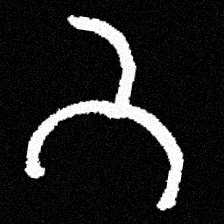
Pyu character \u2014 Myanmar letter: ဘ (romanized: bha)